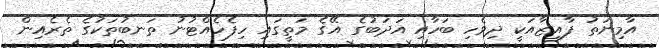
އާމިނަތު ފާއިޒާއަކީ ދިވެހި ބަހާއި އަދަބުގެ އޭގެ މަތީގައި ހިފެހެއްޓުނު ތަނބުތަކުގެ ތެރެއިން